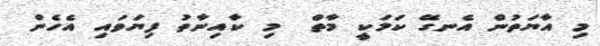
މި އާޔަތުން އެނގޭ ކަމަކީ މާތް  މި ކާއިނާތު ފިޔަވައި އެހެން